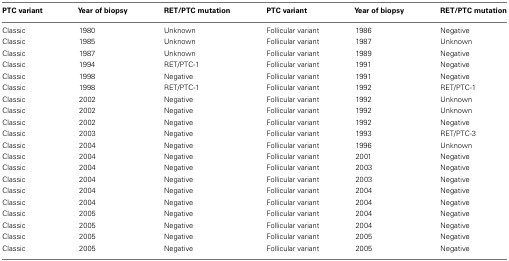
<table><thead><tr><td><b>PTC variant</b></td><td><b>Year of biopsy</b></td><td><b>RET/PTC mutation</b></td><td><b>PTC variant</b></td><td><b>Year of biopsy</b></td><td><b>RET/PTC mutation</b></td></tr></thead><tbody><tr><td>Classic</td><td>1980</td><td>Unknown</td><td>Follicular variant</td><td>1986</td><td>Negative</td></tr><tr><td>Classic</td><td>1985</td><td>Unknown</td><td>Follicular variant</td><td>1987</td><td>Unknown</td></tr><tr><td>Classic</td><td>1987</td><td>Unknown</td><td>Follicular variant</td><td>1989</td><td>Negative</td></tr><tr><td>Classic</td><td>1994</td><td>RET/PTC-1</td><td>Follicular variant</td><td>1991</td><td>Negative</td></tr><tr><td>Classic</td><td>1998</td><td>Negative</td><td>Follicular variant</td><td>1991</td><td>Negative</td></tr><tr><td>Classic</td><td>1998</td><td>RET/PTC-1</td><td>Follicular variant</td><td>1992</td><td>RET/PTC-1</td></tr><tr><td>Classic</td><td>2002</td><td>Negative</td><td>Follicular variant</td><td>1992</td><td>Unknown</td></tr><tr><td>Classic</td><td>2002</td><td>Negative</td><td>Follicular variant</td><td>1992</td><td>Unknown</td></tr><tr><td>Classic</td><td>2002</td><td>Negative</td><td>Follicular variant</td><td>1992</td><td>Negative</td></tr><tr><td>Classic</td><td>2003</td><td>Negative</td><td>Follicular variant</td><td>1993</td><td>RET/PTC-3</td></tr><tr><td>Classic</td><td>2004</td><td>Negative</td><td>Follicular variant</td><td>1996</td><td>Unknown</td></tr><tr><td>Classic</td><td>2004</td><td>Negative</td><td>Follicular variant</td><td>2001</td><td>Negative</td></tr><tr><td>Classic</td><td>2004</td><td>Negative</td><td>Follicular variant</td><td>2003</td><td>Negative</td></tr><tr><td>Classic</td><td>2004</td><td>Negative</td><td>Follicular variant</td><td>2003</td><td>Negative</td></tr><tr><td>Classic</td><td>2004</td><td>Negative</td><td>Follicular variant</td><td>2004</td><td>Negative</td></tr><tr><td>Classic</td><td>2004</td><td>Negative</td><td>Follicular variant</td><td>2004</td><td>Negative</td></tr><tr><td>Classic</td><td>2005</td><td>Negative</td><td>Follicular variant</td><td>2004</td><td>Negative</td></tr><tr><td>Classic</td><td>2005</td><td>Negative</td><td>Follicular variant</td><td>2004</td><td>Negative</td></tr><tr><td>Classic</td><td>2005</td><td>Negative</td><td>Follicular variant</td><td>2005</td><td>Negative</td></tr><tr><td>Classic</td><td>2005</td><td>Negative</td><td>Follicular variant</td><td>2005</td><td>Negative</td></tr></tbody></table>